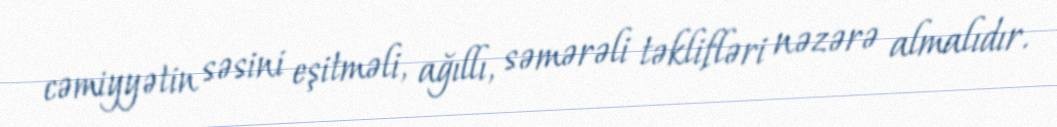
cəmiyyətin səsini eşitməli, ağıllı, səmərəli təklifləri nəzərə almalıdır.